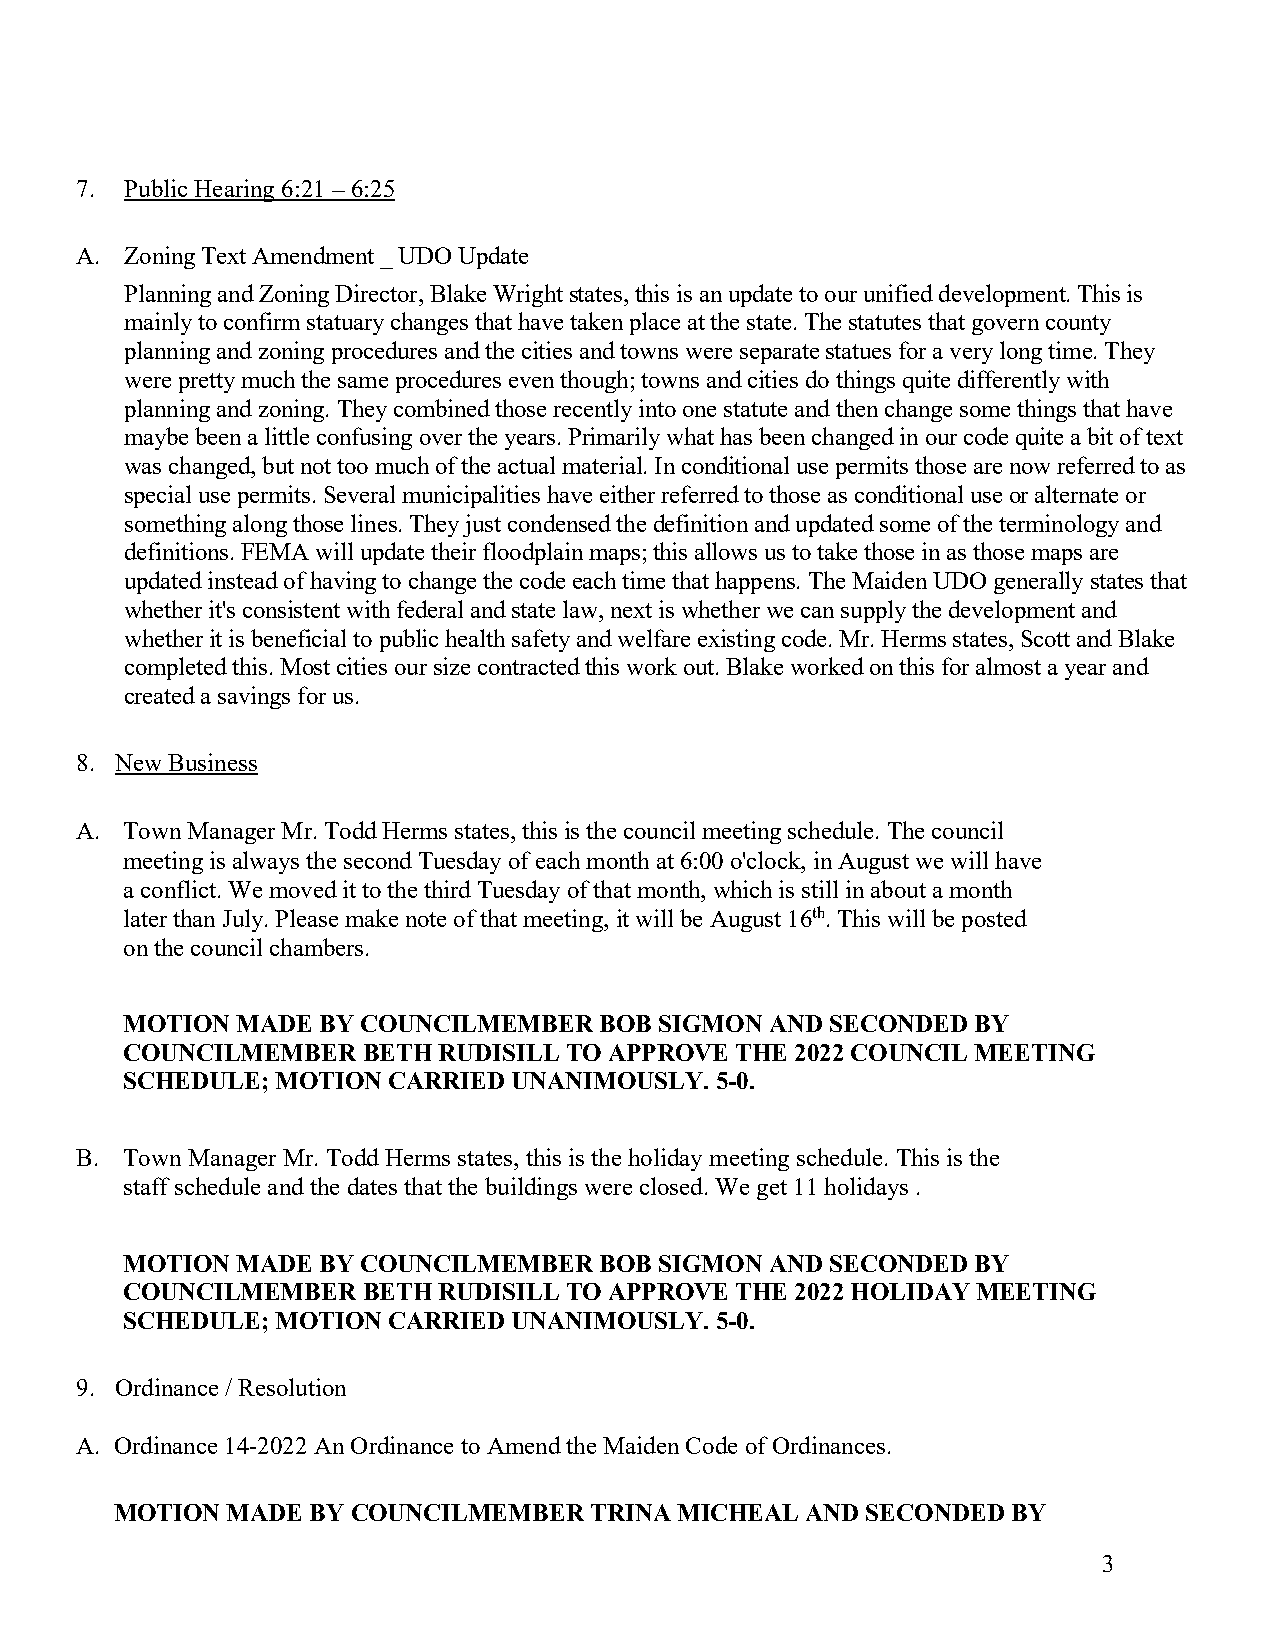
7. Public Hearing 6:21 – 6:25
 A. Zoning Text Amendment _ UDO Update
 Planning and Zoning Director, Blake Wright states, this is an update to our unified development. This is
 mainly to confirm statuary changes that have taken place at the state. The statutes that govern county
 planning and zoning procedures and the cities and towns were separate statues for a very long time. They
 were pretty much the same procedures even though; towns and cities do things quite differently with
 planning and zoning. They combined those recently into one statute and then change some things that have
 maybe been a little confusing over the years. Primarily what has been changed in our code quite a bit of text
 was changed, but not too much of the actual material. In conditional use permits those are now referred to as
 special use permits. Several municipalities have either referred to those as conditional use or alternate or
 something along those lines. They just condensed the definition and updated some of the terminology and
 definitions. FEMA will update their floodplain maps; this allows us to take those in as those maps are
 updated instead of having to change the code each time that happens. The Maiden UDO generally states that
 whether it's consistent with federal and state law, next is whether we can supply the development and
 whether it is beneficial to public health safety and welfare existing code. Mr. Herms states, Scott and Blake
 completed this. Most cities our size contracted this work out. Blake worked on this for almost a year and
 created a savings for us.
 8. New Business
 A. Town Manager Mr. Todd Herms states, this is the council meeting schedule. The council
 meeting is always the second Tuesday of each month at 6:00 o'clock, in August we will have
 a conflict. We moved it to the third Tuesday of that month, which is still in about a month
 later than July. Please make note of that meeting, it will be August 16th. This will be posted
 on the council chambers.
 MOTION  MADE BY COUNCILMEMBER   BOB SIGMON AND SECONDED  BY
 COUNCILMEMBER   BETH RUDISILL TO APPROVE THE 2022 COUNCIL MEETING
 SCHEDULE; MOTION  CARRIED UNANIMOUSLY. 5-0.
 B. Town Manager Mr. Todd Herms states, this is the holiday meeting schedule. This is the
 staff schedule and the dates that the buildings were closed. We get 11 holidays .
 MOTION  MADE BY COUNCILMEMBER   BOB SIGMON AND SECONDED  BY
 COUNCILMEMBER   BETH RUDISILL TO APPROVE THE 2022 HOLIDAY MEETING
 SCHEDULE; MOTION  CARRIED UNANIMOUSLY. 5-0.
 9. Ordinance / Resolution
 A. Ordinance 14-2022 An Ordinance to Amend the Maiden Code of Ordinances.
 MOTION MADE BY COUNCILMEMBER   TRINA MICHEAL AND SECONDED  BY
 3